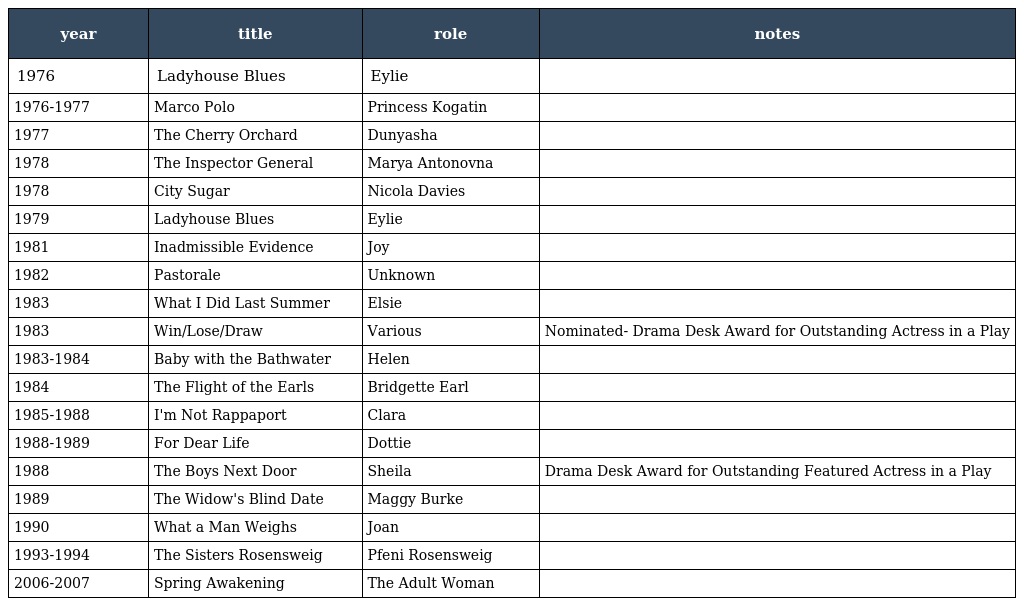
| year | title | role | notes |
 | --- | --- | --- | --- |
 | 1976 | Ladyhouse Blues | Eylie |  |
 | 1976-1977 | Marco Polo | Princess Kogatin |  |
 | 1977 | The Cherry Orchard | Dunyasha |  |
 | 1978 | The Inspector General | Marya Antonovna |  |
 | 1978 | City Sugar | Nicola Davies |  |
 | 1979 | Ladyhouse Blues | Eylie |  |
 | 1981 | Inadmissible Evidence | Joy |  |
 | 1982 | Pastorale | Unknown |  |
 | 1983 | What I Did Last Summer | Elsie |  |
 | 1983 | Win/Lose/Draw | Various | Nominated- Drama Desk Award for Outstanding Actress in a Play |
 | 1983-1984 | Baby with the Bathwater | Helen |  |
 | 1984 | The Flight of the Earls | Bridgette Earl |  |
 | 1985-1988 | I'm Not Rappaport | Clara |  |
 | 1988-1989 | For Dear Life | Dottie |  |
 | 1988 | The Boys Next Door | Sheila | Drama Desk Award for Outstanding Featured Actress in a Play |
 | 1989 | The Widow's Blind Date | Maggy Burke |  |
 | 1990 | What a Man Weighs | Joan |  |
 | 1993-1994 | The Sisters Rosensweig | Pfeni Rosensweig |  |
 | 2006-2007 | Spring Awakening | The Adult Woman |  |